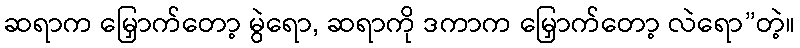
ဆရာက မြှောက်တော့ မွဲရော, ဆရာကို ဒကာက မြှောက်တော့ လဲရော”တဲ့။